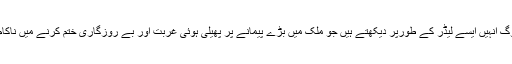
بہت سے لوگ انہیں ایسے لیڈر کے طورپر دیکھتے ہیں جو ملک میں بڑے پیمانے پر پھیلی ہوئی غربت اور بے روزگاری ختم کرنے میں ناکام رہے ہیں ۔